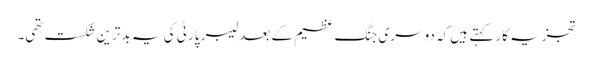
تجزیہ کار کہتے ہیں کہ دوسری جنگ عظیم کے بعد لیبر پارٹی کی یہ بدترین شکست تھی۔